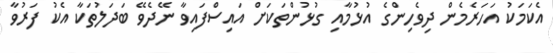
އެކަމަކު އަހަރެމެން ދިވެހިންގެ އުޅުމާއި ގުޅުންތަކަށް އައިސްފައިވާ ނޭދެވޭ ބަދަލުތަކާ އެކު ފަރުވާ